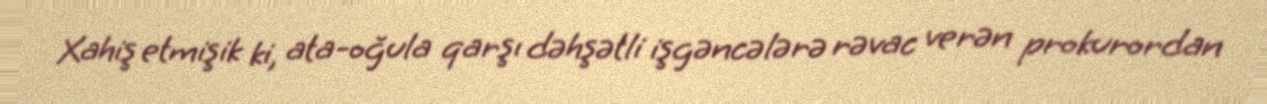
Xahiş etmişik ki, ata-oğula qarşı dəhşətli işgəncələrə rəvac verən prokurordan